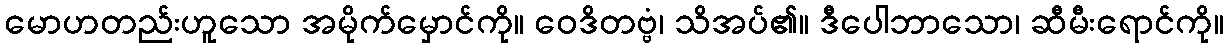
မောဟတည်းဟူသော အမိုက်မှောင်ကို။ ဝေဒိတဗ္ဗံ၊ သိအပ်၏။ ဒီပေါဘာသော၊ ဆီမီးရောင်ကို။